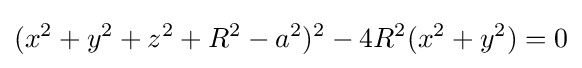
(x^{2}+y^{2}+z^{2}+R^{2}-a^{2})^{2}-4R^{2}(x^{2}+y^{2})=0